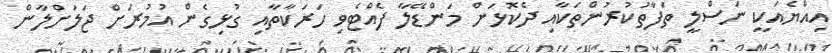
އިއްޔެއަކީ ނަސްލީ ތަފާތުކުރުންތަކާއި ދެކޮޅަށް މަންޑޭލާ ފެއްޓެވި ހަރަކާތާއި ގުޅިގެން އުމުރަށް ޖަލަށްލާން